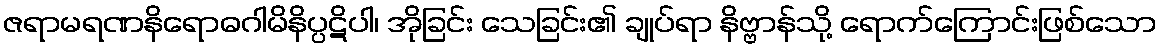
ဇရာမရဏနိရောဓဂါမိနိပ္ပဋိပါ၊ အိုခြင်း သေခြင်း၏ ချုပ်ရာ နိဗ္ဗာန်သို့ ရောက်ကြောင်းဖြစ်သော